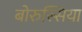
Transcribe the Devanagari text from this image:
बोरुस्सिया